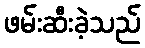
ဖမ်းဆီးခဲ့သည်